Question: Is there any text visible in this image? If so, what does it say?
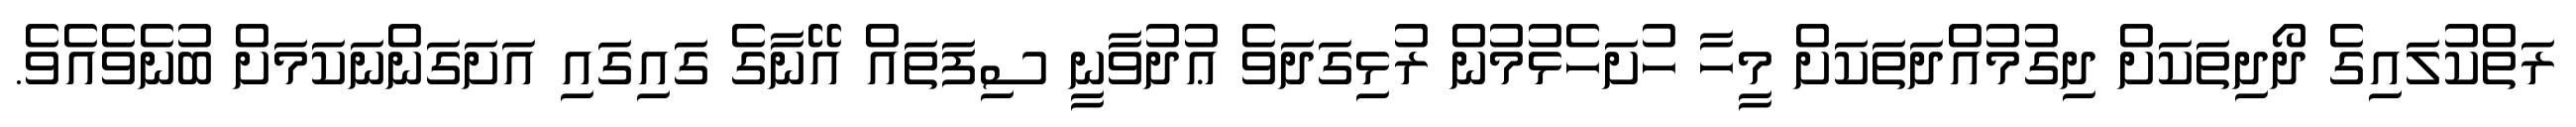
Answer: ރަތްކުލައިގެ ދޯދިތަކަށް ދިގުމުއްދަތަކަށް މީހާ ހުށަހެޅުމުން ރުޅިގަދަވެ ޢުދުވާނީ ސިފަތައް އޭނާގެ ގައިގައި އަށަގަންނަކަމަށް ބުނެވެއެވެ.